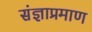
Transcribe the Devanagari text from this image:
संज्ञाप्रमाण